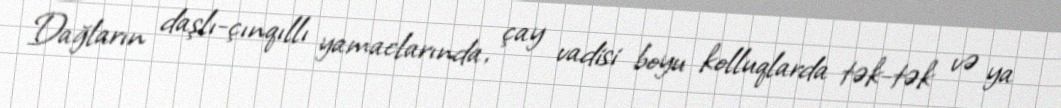
Dağların daşlı-çınqıllı yamaclarında, çay vadisi boyu kolluqlarda tək-tək və ya